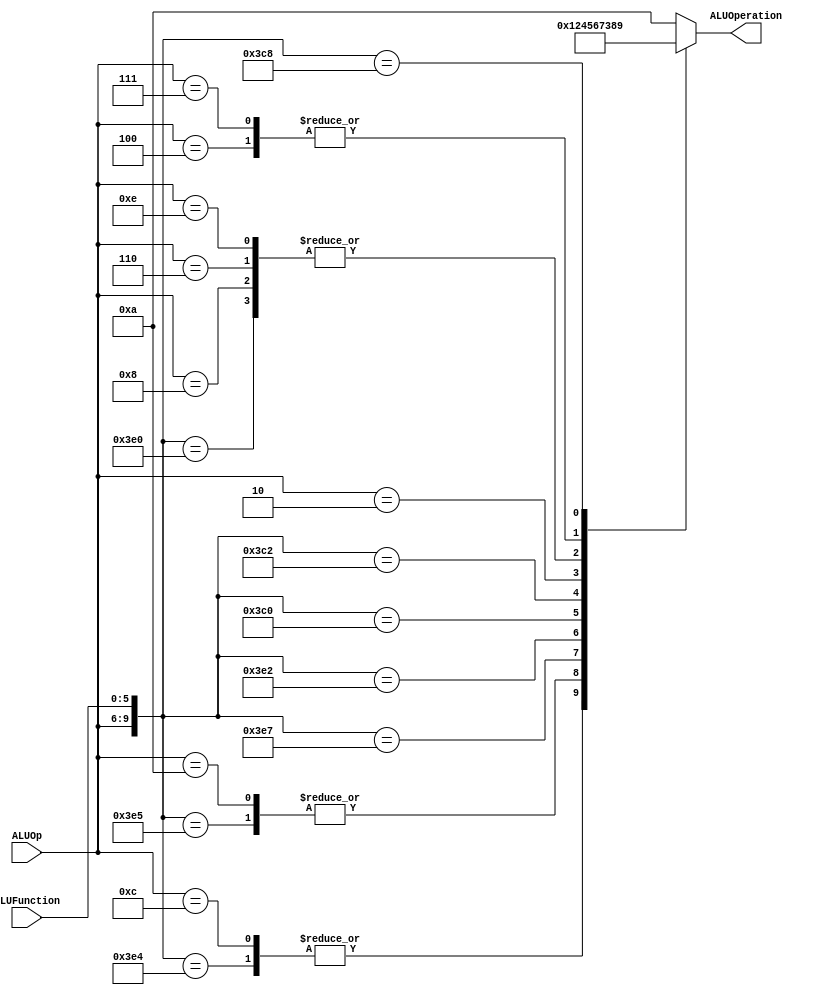
/******************************************************************
* Description
*	This is the control unit for the ALU. It receves an signal called 
*	ALUOp from the control unit and a signal called ALUFunction from
*	the intrctuion field named function.
* Version:
*	1.0
* Author:
*	Dr. Jos Luis Pizano Escalante
* email:
*	luispizano@iteso.mx
* Date:
*	01/03/2014
******************************************************************/
module ALUControl
(
  input [3:0] ALUOp,
	input [5:0] ALUFunction,
	output [3:0] ALUOperation
);

localparam R_Type_JR		 = 10'b1111_001000;
localparam R_Type_AND    = 10'b1111_100100;
localparam R_Type_OR     = 10'b1111_100101;
localparam R_Type_NOR    = 10'b1111_100111; //ADD y addi con el mismo alucontrolvalues
localparam R_Type_ADD    = 10'b1111_100000;
localparam R_Type_SLL	 = 10'b1111_000000;
localparam R_Type_SRL	 = 10'b1111_000010;
localparam R_Type_SUB	 = 10'b1111_100010;

localparam I_Type_ADDI   = 10'b1000_xxxxxx; //Los primeros tres bits coinciden con Control.v
localparam I_Type_ORI    = 10'b1010_xxxxxx; //En los tipos I, no importa func por lo tanto las x
localparam I_Type_ANDI   = 10'b1100_xxxxxx;
localparam I_Type_LUI	 = 10'b0010_xxxxxx; //Las de tipo i no tienen el capmo de func, por lo tanto no importa.
localparam I_Type_BEQ	 = 10'b0100_xxxxxx;
localparam I_Type_BNE	 = 10'b0111_xxxxxx;
localparam I_Type_SW		 = 10'b0110_xxxxxx;
localparam I_Type_LW		 = 10'b1110_xxxxxx;


reg [3:0] ALUControlValues;
  wire [10:0] Selector;

assign Selector = {ALUOp, ALUFunction};

always@(Selector)begin
	casex(Selector)
		R_Type_AND:    ALUControlValues = 4'b0000;
		I_Type_ANDI:	ALUControlValues = 4'b0000;
		R_Type_OR: 		ALUControlValues = 4'b0001;
		I_Type_ORI:		ALUControlValues = 4'b0001;
		R_Type_NOR:		ALUControlValues = 4'b0010;
		R_Type_ADD:		ALUControlValues = 4'b0011;
		I_Type_ADDI:	ALUControlValues = 4'b0011;
		R_Type_SUB:		ALUControlValues = 4'b0100;
		R_Type_SLL: 	ALUControlValues = 4'b0101;
		R_Type_SRL:		ALUControlValues = 4'b0110;
		I_Type_LUI:		ALUControlValues = 4'b0111;

		I_Type_SW:		ALUControlValues = 4'b0011;
		I_Type_LW:		ALUControlValues = 4'b0011;
    
		I_Type_BEQ:		ALUControlValues = 4'b1000;
		I_Type_BNE:		ALUControlValues = 4'b1000;
		R_Type_JR: 		ALUControlValues = 4'b1001;
		default: ALUControlValues = 4'b1010;

	endcase
end


assign ALUOperation = ALUControlValues;

endmodule
//alucontrol